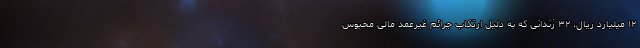
۱۲ میلیارد ریال، ۳۲ زندانی که به دلیل ارتکاب جرائم غیرعمد مالی محبوس